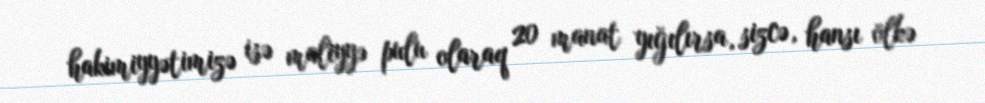
hakimiyyətimizə isə maliyyə pulu olaraq 20 manat yığılırsa, sizcə, hansı ölkə